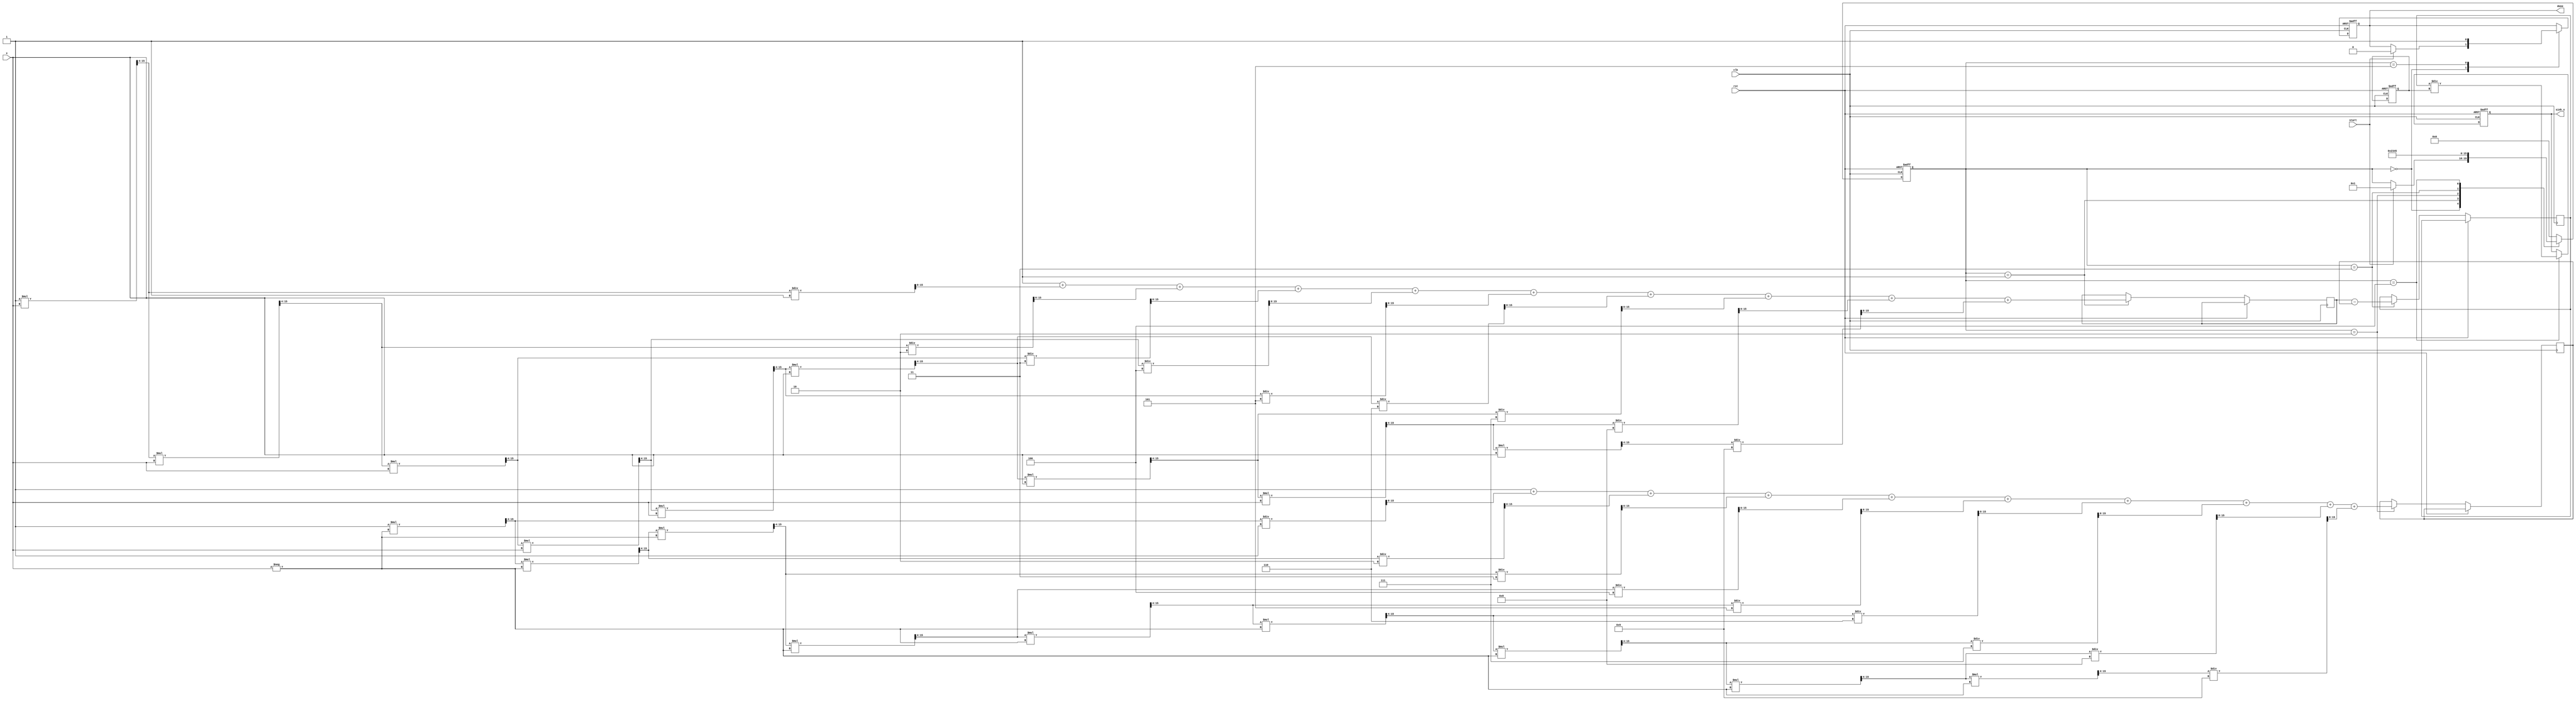
module sinh_block (
    input wire clk,
    input wire rst,
    input wire [15:0] x, // Fixed-point input (16-bit)
    input wire start,
    output reg [15:0] sinh_x, // Fixed-point output (16-bit)
    output reg done
);

    // Internal signals
    reg [15:0] exp_x, exp_neg_x; // e^x and e^-x
    reg [15:0] diff; // e^x - e^-x
    reg [3:0] state; // State machine for control
    reg [15:0] half; // Constant value for division by 2

    // State definitions
    localparam IDLE = 4'b0000,
               CALC_EXP = 4'b0001,
               CALC_NEG_EXP = 4'b0010,
               CALC_DIFF = 4'b0011,
               DIVIDE = 4'b0100,
               DONE = 4'b0101;

    // Taylor series approximation for e^x
    function [15:0] exp_approx(input [15:0] x);
        reg [15:0] term;
        reg [15:0] sum;
        integer i;
        begin
            sum = 16'h0001; // e^0 = 1
            term = 16'h0001; // First term (x^0 / 0!)
            for (i = 1; i < 10; i = i + 1) begin // 10 terms
                term = (term * x) >> 4; // x^i / i! (fixed-point)
                sum = sum + term / i; // Add term to sum
            end
            exp_approx = sum;
        end
    endfunction

    // Main process
    always @(posedge clk or posedge rst) begin
        if (rst) begin
            state <= IDLE;
            sinh_x <= 16'h0000;
            done <= 1'b0;
            half <= 16'h0001; // 1/2 in fixed-point (1.0)
        end else begin
            case (state)
                IDLE: begin
                    if (start) begin
                        state <= CALC_EXP;
                        done <= 1'b0;
                    end
                end

                CALC_EXP: begin
                    exp_x <= exp_approx(x);
                    state <= CALC_NEG_EXP;
                end

                CALC_NEG_EXP: begin
                    exp_neg_x <= exp_approx(-x);
                    state <= CALC_DIFF;
                end

                CALC_DIFF: begin
                    diff <= exp_x - exp_neg_x;
                    state <= DIVIDE;
                end

                DIVIDE: begin
                    sinh_x <= diff / half; // Divide by 2
                    state <= DONE;
                end

                DONE: begin
                    done <= 1'b1;
                    state <= IDLE; // Go back to IDLE
                end

                default: state <= IDLE;
            endcase
        end
    end

endmodule